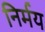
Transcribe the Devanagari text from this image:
निर्मय